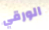
الورقي